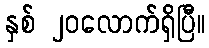
နှစ် ၂၀လောက်ရှိပြီ။